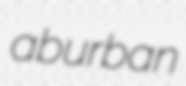
aburban